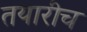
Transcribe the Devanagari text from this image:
तयारीच